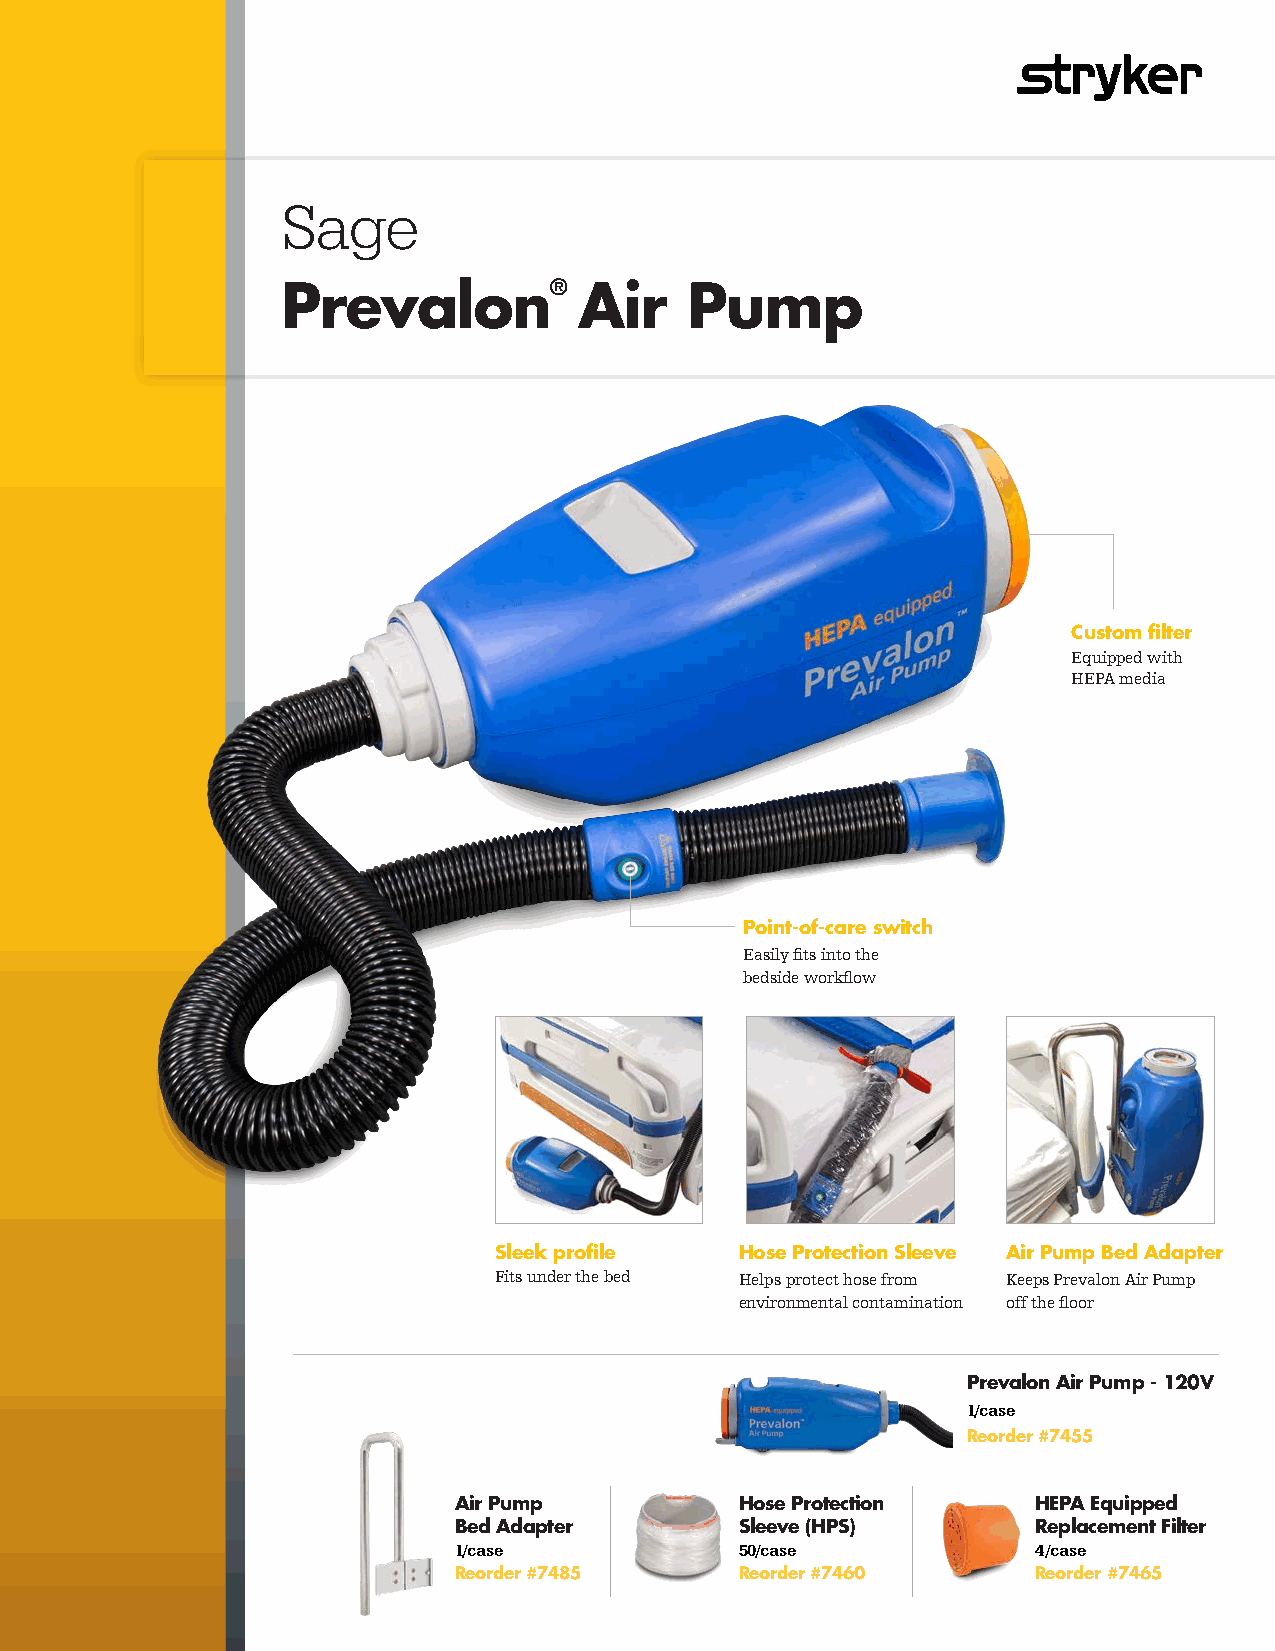
Sage
 Prevalon®          Air     Pump
 Custom filter
 Equipped with
 HEPA media
 Point-of-care switch
 Easily fits into the
 bedside workflow
 Sleek profile   Hose Protection Sleeve Air Pump Bed Adapter
 Fits under the bed Helps protect hose from Keeps Prevalon Air Pump
 environmental contamination off the floor
 Prevalon Air Pump - 120V
 1/case
 Reorder #7455
 Air Pump           Hose Protection     HEPA Equipped
 Bed Adapter        Sleeve (HPS)        Replacement Filter
 1/case             50/case             4/case
 Reorder #7485      Reorder #7460       Reorder #7465